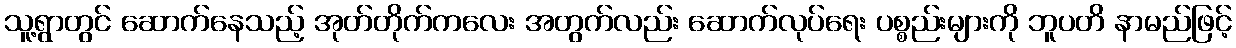
သူ့ရွာတွင် ဆောက်နေသည့် အုတ်တိုက်ကလေး အတွက်လည်း ဆောက်လုပ်ရေး ပစ္စည်းများကို ဘူပတိ နာမည်ဖြင့်